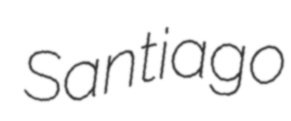
Santiago